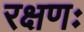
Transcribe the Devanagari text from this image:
रक्षणः